Report on vaccination in the Province of Bengal - 1869-1873
Year: 1869
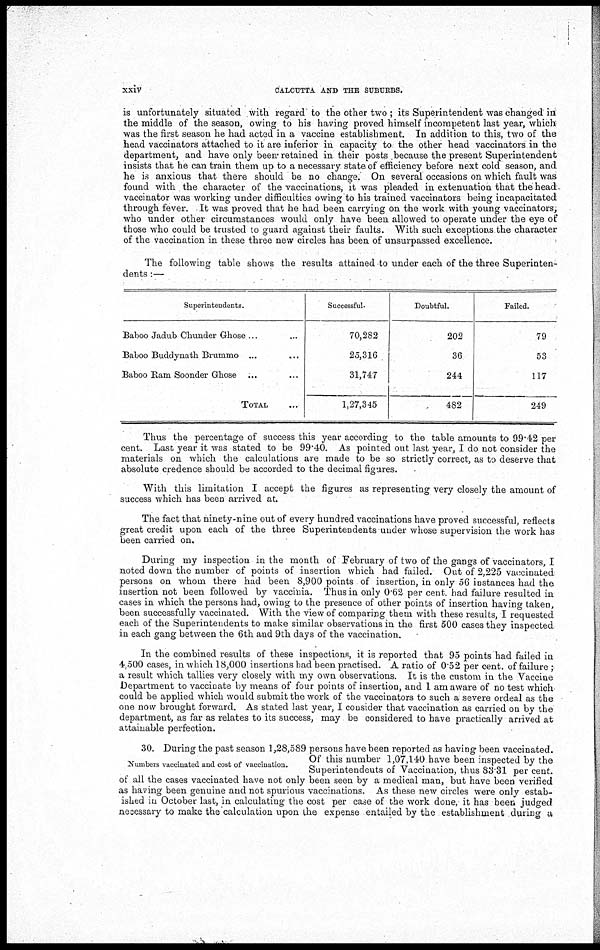
xxiv
CALCUTTA AND THE SUBURBS.
is unfortunately situated with regard to the other two ; its Superintendent was changed in
the middle of the season, owing to his having proved himself incompetent last year, which
was the first season he had acted in a vaccine establishment. In addition to this, two of the
head vaccinators attached to it are inferior in capacity to the other head vaccinators in the
department, and have only been retained in their posts because the present Superintendent
insists that he can train them up to a necessary state of efficiency before next cold season, and
he is anxious that there should be no change. On several occasions on which fault was
found with the character of the vaccinations, it was pleaded in extenuation that the head -
vaccinator was working under difficulties owing to his trained vaccinators being incapacitated
through fever. It was proved that he had been carrying on the work with young vaccinators,
who under other circumstances would only have been allowed to operate under the eye of
those who could be trusted to guard against their faults. With such exceptions the character
of the vaccination in these three new circles has been of unsurpassed excellence.
The following table shows the results attained to under each of the three Superinten-
dents :—
Superintendents.
Baboo Jadub Chunder Ghose ... ...
Baboo Buddynath Brummo ... ...
Baboo Ram Soonder Ghose ... ...
TOTAL ... ...
Successful.
70,282
25,316
31,747
1,27,345
Doubtful.
202
36
244
482
Failed.
79
53
117
249
Thus the percentage of success this year according to the table amounts to 99.42 per
cent. Last year it was stated to be 99.40. As pointed out last year, I do not consider the
materials on which the calculations are made to be so strictly correct, as to deserve that
absolute credence should be accorded to the decimal figures.
With this limitation I accept the figures as representing very closely the amount of
success which has been arrived at.
The fact that ninety-nine out of every hundred vaccinations have proved successful, reflects
great credit upon each of the three Superintendents under whose supervision the work has
been carried on.
During my inspection in the month of February of two of the gangs of vaccinators, I
noted down the number of points of insertion which had failed. Out of 2,225 vaccinated
persons on whom there had been 8,900 points of insertion, in only 56 instances had the
insertion not been followed by vaccinia. Thus in only 0.62 per cent. had failure resulted in
cases in which the persons had, owing to the presence of other points of insertion having taken,
been successfully vaccinated. With the view of comparing them with these results, I requested
each of the Superintendents to make similar observations in the first 500 cases they inspected
in each gang between the 6th and 9th days of the vaccination.
In the combined results of these inspections, it is reported that 95 points had failed in
4,500 cases, in which 18,000 insertions had been practised. A ratio of 0.52 per cent. of failure;
a result which tallies very closely with my own observations. It is the custom in the Vaccine
Department to vaccinate by means of four points of insertion, and I am aware of no test which'
could be applied which would submit the work of the vaccinators to such a severe ordeal as the
one now brought forward. As stated last year, I consider that vaccination as carried on by the
department, as far as relates to its success, may be considered to have practically arrived at
attainable perfection.
Numbers vaccinated and cost of vaccination.
30. During the past season 1,28,589 persons have been reported as having been vaccinated.
Of this number 1,07,140 have been inspected by the
Superintendents of Vaccination, thus 83 31 per cent.
of all the cases vaccinated have not only been seen by a medical man, but have been verified
as having been genuine and not spurious vaccinations. As these new circles were only estab-
ished in October last, in calculating the cost per case of the work done, it has been judged
necessary to make the calculation upon the expense entailed by the establishment during a